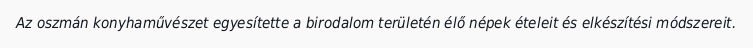
Az oszmán konyhaművészet egyesítette a birodalom területén élő népek ételeit és elkészítési módszereit.